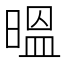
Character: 㬈